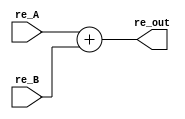
`timescale 1ns / 1ps
/*	
   ===================================================================
   Module Name  : Real adder
      
   Filename     : realAdder.v
   Type         : Verilog Module
   
   Description  : 
                  real adder with independent buses for real and imaginary parts.
                  Input    :  "DATA_WIDTH" length word in 2's complement representation.
                  Output   :  "DATA_WIDTH" length word in 2's complement representation.
                  
                  Designer must take care of overflow. 
                  We recommend to instantiate a "DATA WIDTH" length adder for "DATA WIDTH-1" length inputs.
                  
   -----------------------------------------------------------------------------
   Clocks      : -
   Reset       : -
   Parameters  :   
         NAME                         Comments                                            Default
         -------------------------------------------------------------------------------------------
         DATA_WIDTH              Number of data bits for inputs and outputs               22 
         -------------------------------------------------------------------------------------------
   Version     : 1.0
   Data        : 14 Nov 2018
   Revision    : -
   Reviser     : -		
   ------------------------------------------------------------------------------
      Modification Log "please register all the modifications in this area"
      (D/M/Y)  
      
   ----------------------
   // Instance template
   ----------------------
   realAdder
   #(
      .DATA_WIDTH    ()
   )
   "MODULE_NAME"
   (
       .re_A      (),
       .re_B      (),
       .re_out    ()
   );
*/


module realAdder
#(
   parameter DATA_WIDTH = 22)
(
    input  [DATA_WIDTH-1 : 0] re_A,
	 input  [DATA_WIDTH-1 : 0] re_B,
    output [DATA_WIDTH-1 : 0] re_out
);
	
	reg signed [DATA_WIDTH -1: 0] temp_RA;
	reg signed [DATA_WIDTH -1: 0] temp_RB;
	
	wire signed [DATA_WIDTH-1: 0] temp_RE;
	
	always@(re_A, re_B)
	begin
		temp_RA = re_A;
		temp_RB = re_B;
	end 
	
	assign temp_RE = temp_RA + temp_RB;
	
	assign re_out = temp_RE;
endmodule